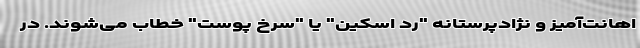
اهانت‌آمیز و نژادپرستانه "رد اسکین" یا "سرخ پوست" خطاب می‌شوند. در